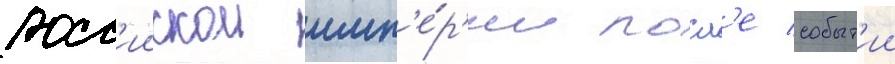
росс'иискои имп'е́р'ии посл'е событ'ии